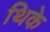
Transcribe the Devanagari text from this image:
थिके